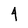
Character: 4